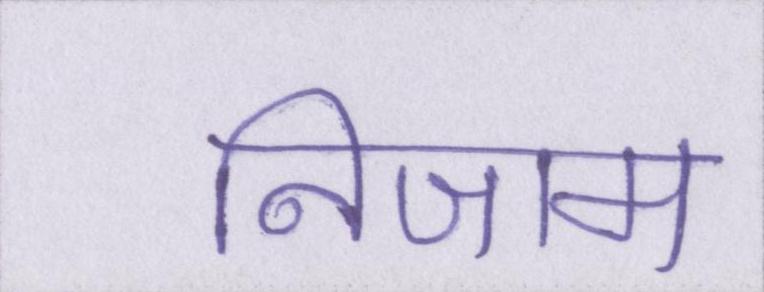
निजाम